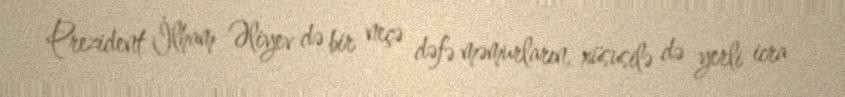
Prezident İlham Əliyev də bir neçə dəfə məmurların, xüsusilə də yerli icra